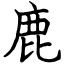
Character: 鹿